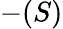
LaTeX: -(S)